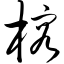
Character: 榕